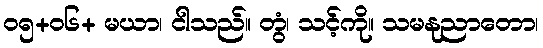
၀၅+၀၆+ မယာ၊ ငါသည်။ တွံ၊ သင့်ကို။ သမနုညာတော၊